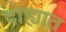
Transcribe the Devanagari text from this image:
दोह्यात